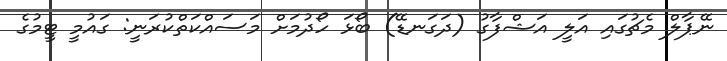
ނޭޕާލް މެޗުގައި އަލީ އަޝްފާގު (ދަގަނޑޭ) ބޯޅަ ހޯދުމަށް މަސައްކަތްކުރަނީ: ގައުމީ ޓީމުގެ